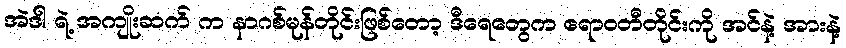
အဲဒါ ရဲ့ အကျိုးဆက် က နာဂစ်မုန်တိုင်းဖြစ်တော့ ဒီရေတွေက ဧရာဝတီတိုင်းကို အင်နဲ့ အားနဲ့